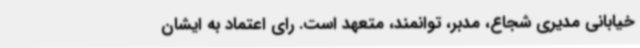
خیابانی مدیری شجاع، مدبر، توانمند، متعهد است. رای اعتماد به ایشان